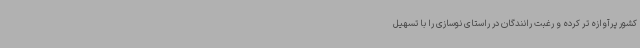
کشور پرآوازه تر کرده و رغبت رانندگان در راستای نوسازی را با تسهیل